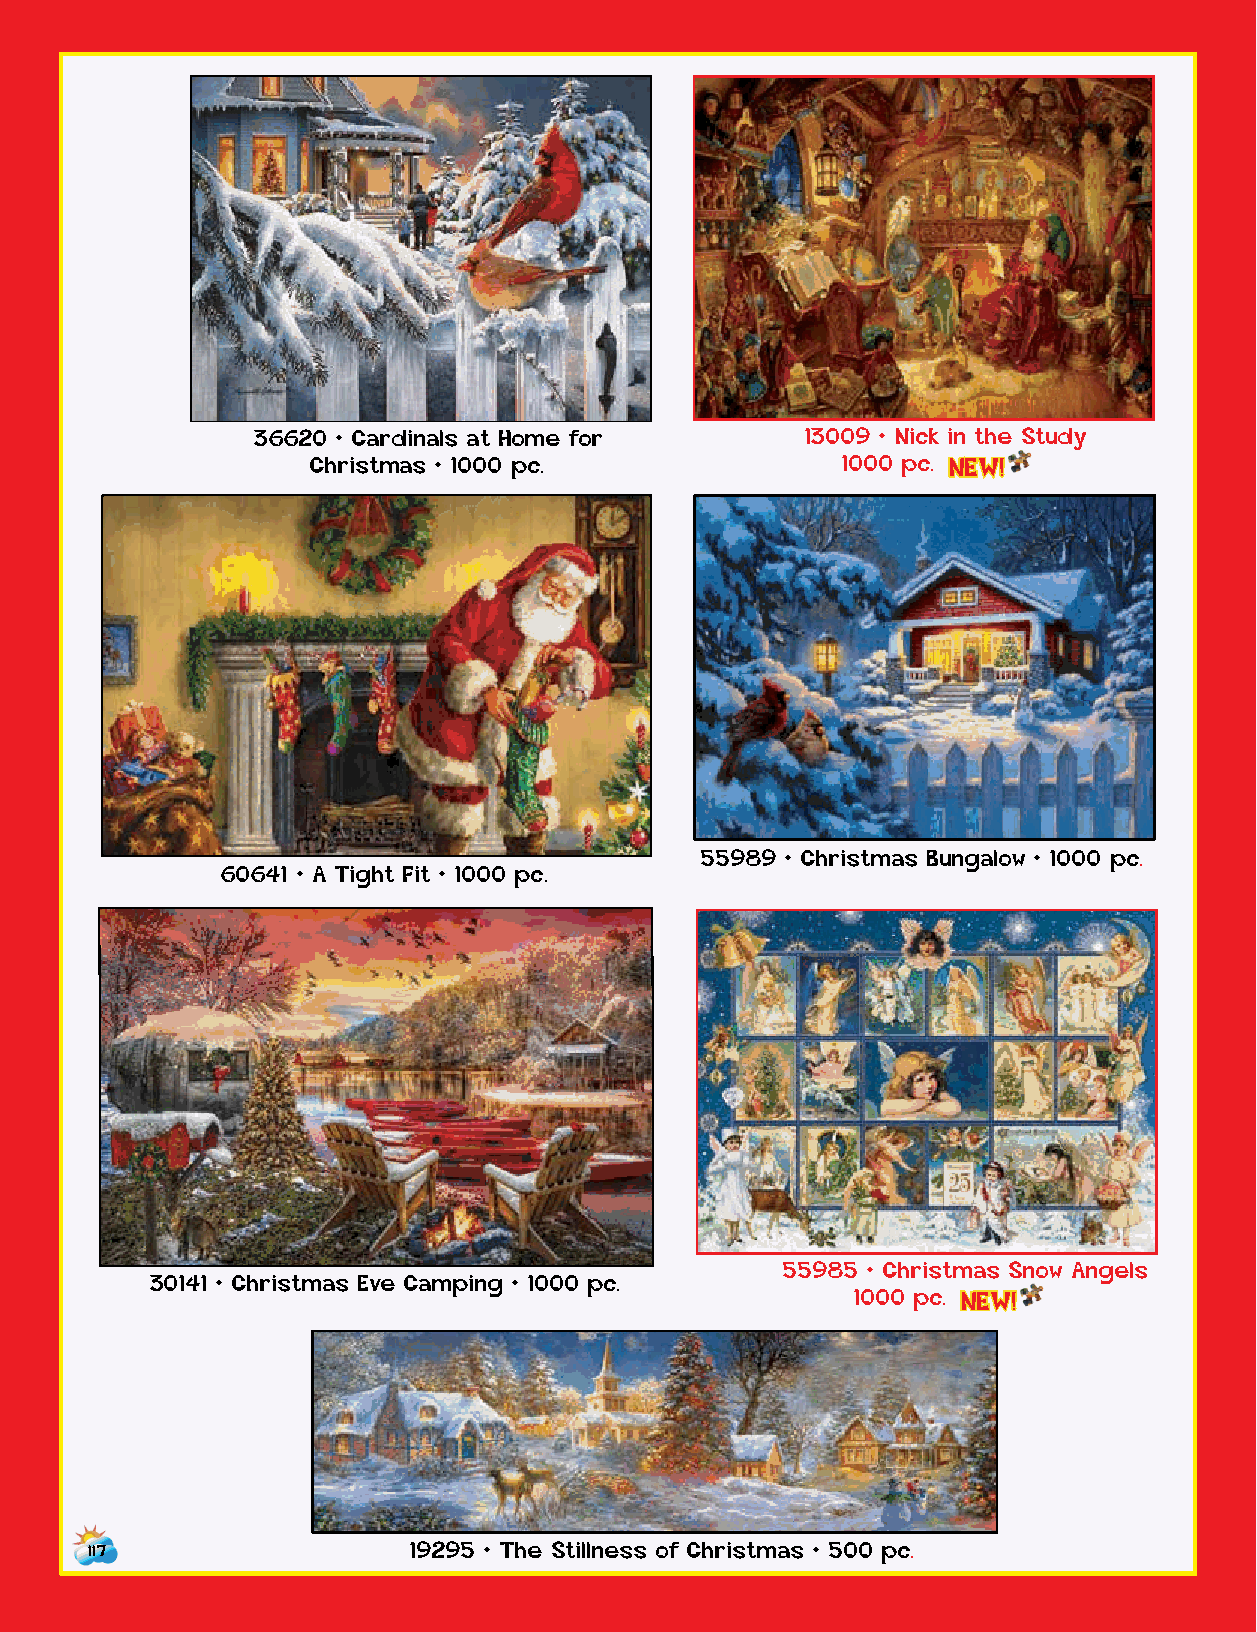
36620 • Cardinals at Home for       13009 • Nick in the Study
 Christmas • 1000 pc.               1000 p c . NEW!
 55989 • Christmas Bungalow • 1000 pc.
 60641 • A Tight Fit • 1000 pc.
 55985 • Christmas Snow Angels
 30141 • Christmas Eve Camping • 1000 pc.
 1000 p c . NEW!
 117                  19295 • The Stillness of Christmas • 500 pc.